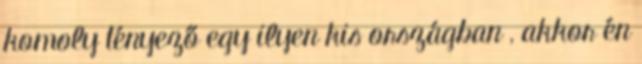
komoly tényező egy ilyen kis országban , akkor én